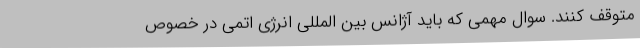
متوقف کنند. سوال مهمی که باید آژانس بین المللی انرژی اتمی در خصوص